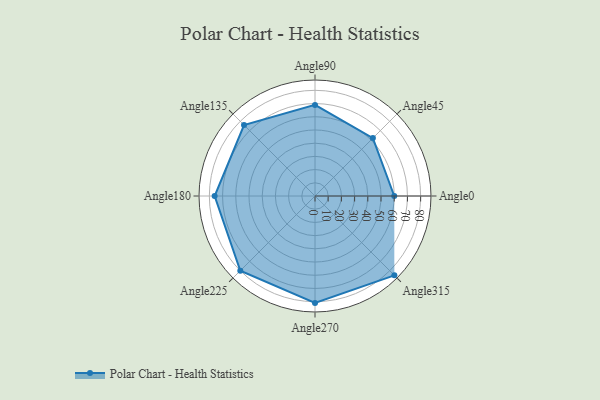
{"axis": {"x": "Angle", "y": "Radius"}, "legend": [""], "data": [{"x": "Angle0", "y": 60.0, "type": ""}, {"x": "Angle45", "y": 62.0, "type": ""}, {"x": "Angle90", "y": 69.0, "type": ""}, {"x": "Angle135", "y": 76.0, "type": ""}, {"x": "Angle180", "y": 76.0, "type": ""}, {"x": "Angle225", "y": 80.0, "type": ""}, {"x": "Angle270", "y": 81.0, "type": ""}, {"x": "Angle315", "y": 85.0, "type": ""}]}